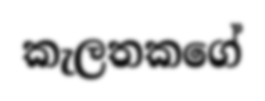
කැලතකගේ